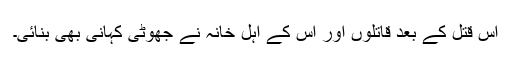
اس قتل کے بعد قاتلوں اور اس کے اہل خانہ نے جھوٹی کہانی بھی بنائی۔